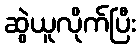
ဆွဲယူလိုက်ပြီး